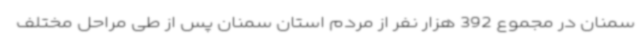
سمنان در مجموع 392 هزار نفر از مردم استان سمنان پس از طی مراحل مختلف